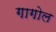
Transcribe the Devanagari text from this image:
गागोल